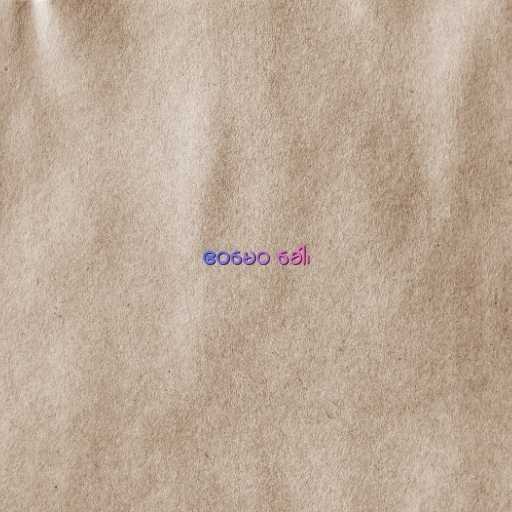
ဧဝမေဝ ခေါ၊